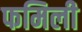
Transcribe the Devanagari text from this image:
फमिली